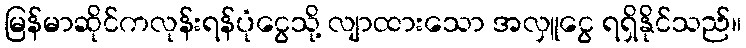
မြန်မာဆိုင်ကလုန်းရန်ပုံငွေသို့ လျာထားသော အလှူငွေ ရရှိနိုင်သည်။